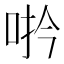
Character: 𪡆